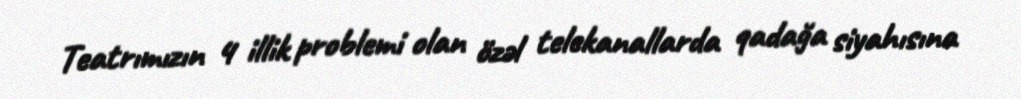
Teatrımızın 4 illik problemi olan özəl telekanallarda qadağa siyahısına